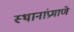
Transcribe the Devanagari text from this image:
स्थानांप्रमाणे